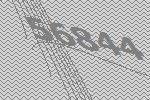
56844